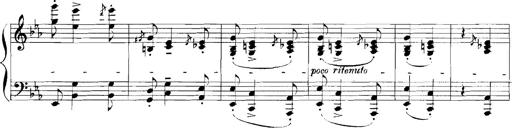
Title: Rhapsodies hongroises
Composer: Franz Liszt